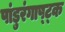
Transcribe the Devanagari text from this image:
पांडुरंगाष्ट्क